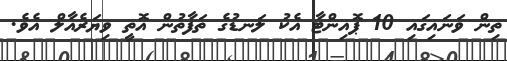
ތިން ވަނައިގައި 10 ޕޮއިންޓާ އެކު ލަނޑުގެ ތަފާތުން އޮތީ ވިޔަރެއާލް އެވެ.